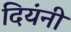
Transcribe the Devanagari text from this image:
दियंनी